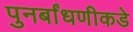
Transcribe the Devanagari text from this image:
पुनर्बांधणीकडे